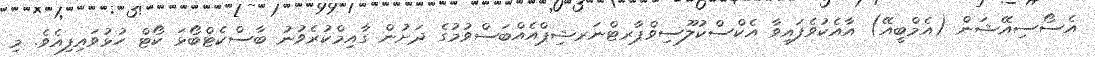
އެސޯސިއޭޝަން (އެމްބީއޭ) އާއެކުވެފައިވާ އެކްސްކުލޫސިވްޕާރޓްނަރޝިޕްއެއްބަސްވުމުގެ ދަށުން ގާއިމްކުރެވުނު ބާސްކެޓްބޯޅަ ކޯޓް ހުޅުވައިފިއެވެ. މި